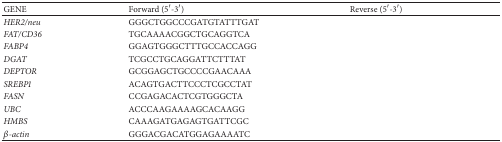
<table><thead><tr><td><b>GENE</b></td><td><b>Forward (5′-3′)</b></td><td><b>Reverse (5′-3′)</b></td></tr></thead><tbody><tr><td><i>HER2/neu</i></td><td>GGGCTGGCCCGATGTATTTGAT</td><td>[EMPTY_CELL]</td></tr><tr><td><i>FAT/CD36</i></td><td>TGCAAAACGGCTGCAGGTCA</td><td>[EMPTY_CELL]</td></tr><tr><td><i>FABP4</i></td><td>GGAGTGGGCTTTGCCACCAGG</td><td>[EMPTY_CELL]</td></tr><tr><td><i>DGAT</i></td><td>TCGCCTGCAGGATTCTTTAT</td><td>[EMPTY_CELL]</td></tr><tr><td><i>DEPTOR</i></td><td>GCGGAGCTGCCCCGAACAAA</td><td>[EMPTY_CELL]</td></tr><tr><td><i>SREBP1</i></td><td>ACAGTGACTTCCCTCGCCTAT</td><td>[EMPTY_CELL]</td></tr><tr><td><i>FASN</i></td><td>CCGAGACACTCGTGGGCTA</td><td>[EMPTY_CELL]</td></tr><tr><td><i>UBC</i></td><td>ACCCAAGAAAAGCACAAGG</td><td>[EMPTY_CELL]</td></tr><tr><td><i>HMBS</i></td><td>CAAAGATGAGAGTGATTCGC</td><td>[EMPTY_CELL]</td></tr><tr><td><i>β-actin</i></td><td>GGGACGACATGGAGAAAATC</td><td>[EMPTY_CELL]</td></tr></tbody></table>